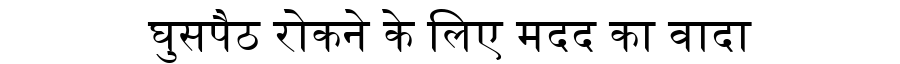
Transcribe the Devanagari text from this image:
घुसपैठ रोकने के लिए मदद का वादा